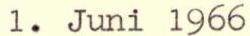
1. Juni 1966